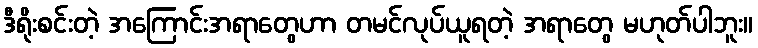
ဒီရိုးစင်းတဲ့ အကြောင်းအရာတွေဟာ တမင်လုပ်ယူရတဲ့ အရာတွေ မဟုတ်ပါဘူး။